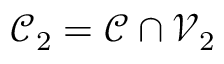
\mathcal { C } _ { 2 } = \mathcal { C } \cap \mathcal { V } _ { 2 }